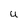
Character: U